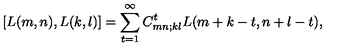
\left[ L ( m , n ) , L ( k , l ) \right] = \sum _ { t = 1 } ^ { \infty } C _ { m n ; k l } ^ { t } L ( m + k - t , n + l - t ) ,